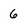
Character: 6